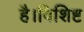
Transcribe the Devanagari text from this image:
है।विशिष्ट